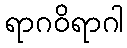
ရာဂဝိရာဂါ